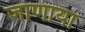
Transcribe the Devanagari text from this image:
जाणाया